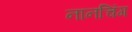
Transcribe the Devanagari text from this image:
नानचिंग